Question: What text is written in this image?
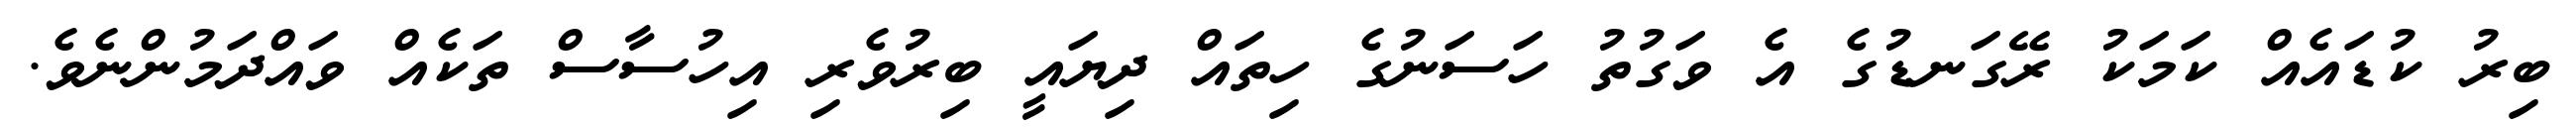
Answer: ބިރު ކުޑައެއް ކަމަކު ރޭގަނޑުގެ އެ ވަގުތު ހަސަނުގެ ހިތައް ދިޔައީ ބިރުވެރި އިހުސާސް ތަކެއް ވައްދަމުންނެވެ.